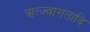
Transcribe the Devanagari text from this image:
ऋत्ज्वागतादि